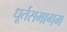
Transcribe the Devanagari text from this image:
धूर्तसमागम